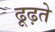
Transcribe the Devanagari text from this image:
ढूढ़ते